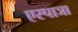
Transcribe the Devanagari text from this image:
एस्पाञा